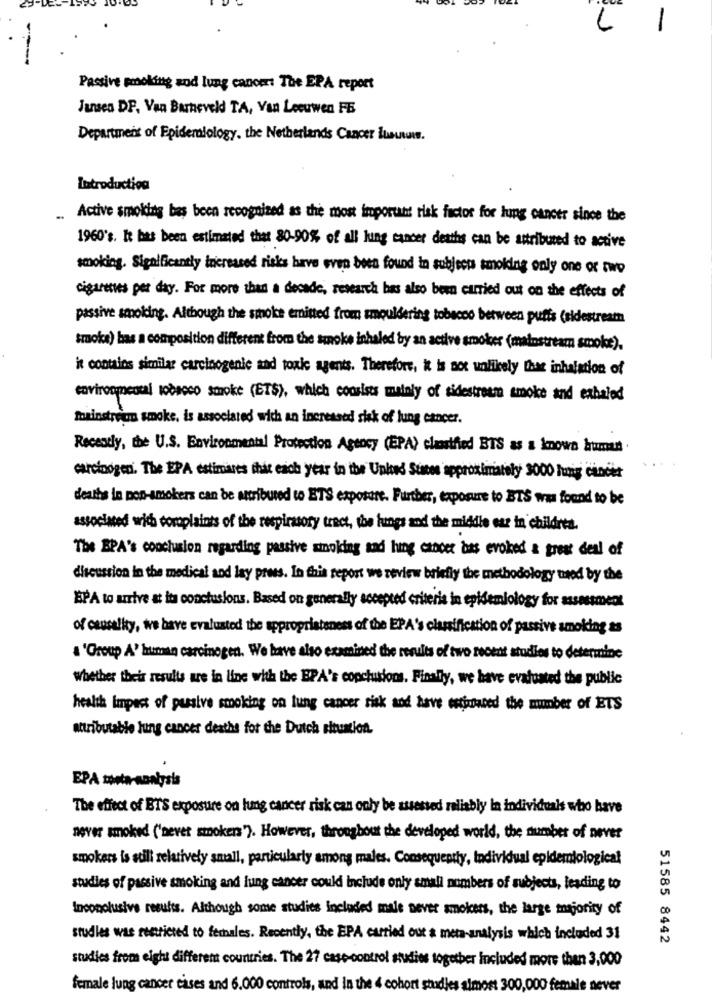
L
1
Passive smoking and lung canomr: The EPA report
Jansen DF, Van Barneveld TA, Van Leeuwen FE
Department of Epidemiology, the Netherlands Cancer lununwww.
Introduction
Active smoking bas been recognized as the most important risk factor for lung cancer since the
1960's. It has been estimated that 80-90% of all lung cancer deaths can be attributed to active
smoking. Significantly increased risks have even been found in subject smoking only one or two
cigarettes per day. For more than a decade, research bas also been carried out on the effects of
passive smoking. Although the smoke emitted from smouldering tobacco between puffs (sidestream
smoke) has a composition different from the smoke inhaled by an active smoker (mainstream smoke).
it contains similar carcinogenic and toxic agents. Therefore, it is not unlikely that inhalation of
environmental tobacco smoke (ETS), which consists mainly of sidestream smoke and exhaled
Mainstream smoke. is associated with an increased risk of lung cancer.
Recently, the U.S. Environmental Protection Agency (EPA) clarified BTS as a known human
carcinogen. The EPA estimares this each year in the United States approximately 3000 lung cancer
deaths in non-smokers can be attributed to ETS exposure. Further, exposure to BTS was found to be
associated with complaints of the respiratory tract, the lungs and the middle ear in children.
The EPA's conclusion regarding passive smoking and hing cancer has evoked a great deal of
discussion in the medical and lay prees. In this report we review briefly the methodology used by the
BPA to arrive at its conclusions. Based on generally accepted criteria in epidemiology for assessment
of causality, we have evaluated the appropriateness of the EPA's classification of passive smoking as
a 'Group A' human carcinogen. We have also examined the results of two recent studies to determine
Whether their results are in line with the EPA's conclusions. Finally, we have evaluated the public
health Impact of passive smoking on lung cancer risk and have estimated the number of ETS
attributable lung cancer deaths for the Dutch situation.
EPA monta-sonlysis
The effect of BTS exposure on lung cancer risk can only be assessed reliably in individuals who have
never smoked ('never smokers"). However, throughout the developed world, the number of never
smokers is still relatively small, particularly among males. Consequently, Individual epidemiological
studies of passive smoking and lung cancer couli include only small numbers of subjects, leading to
Inconclusive results. Although some studies included male never smokers, the large majority of
studies was restricted to females. Recently, the EPA carried out a meta-analysis which included 31
51585 8442
studies from eight different countries. The 27 case-control studies together Included more then 3,000
female lung cancer cases and 6.000 controls, and in the 4 cohort studies almost 300,000 female never